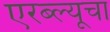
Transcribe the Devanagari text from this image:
एरब्ल्यूचा